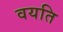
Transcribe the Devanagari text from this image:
वयति